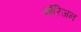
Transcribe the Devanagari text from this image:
आॅरिजन